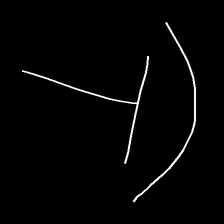
Glyph: dispersion